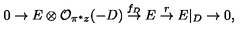
0 \rightarrow E \otimes { \cal O } _ { \pi ^ { * } z } ( - D ) \stackrel { f _ { D } } { \rightarrow } E \stackrel { r } { \rightarrow } E | _ { D } \rightarrow 0 ,